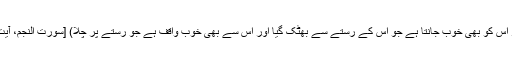
تمہارا پروردگار اس کو بھی خوب جانتا ہے جو اس کے رستے سے بھٹک گیا اور اس سے بھی خوب واقف ہے جو رستے پر چلا) [سورت النجم، آیت نمبر 28-30]۔